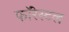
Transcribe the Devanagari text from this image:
फॉरेस्टल